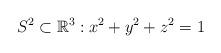
LaTeX: \begin{align*}S^{2}\subset\mathbb{R}^{3}:x^{2}+y^{2}+z^{2}=1 \end{align*}